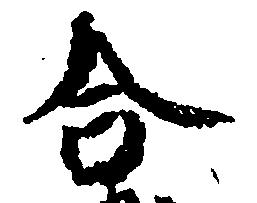
合